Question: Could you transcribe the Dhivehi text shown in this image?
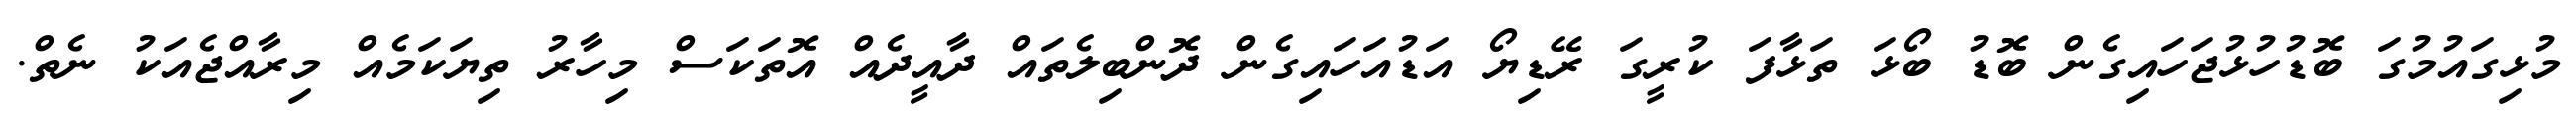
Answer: މުޅިގައުމުގަ ބޮޑުހުޅުޖަހައިގެން ބޮޑު ބޯޅަ ތަޅާފަ ކުރީގަ ރޭޑިޔޯ އަޑުއަހައިގެން ދޮންބިލެތައް ދާއީދެއް އޮތަކަސް މިހާރު ތިޔަކަމެއް މިރާއްޖެއަކު ނެތް.